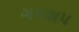
ગપશપ